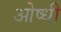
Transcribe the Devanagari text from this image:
ओष्धी